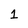
Character: 1